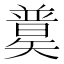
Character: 𥐄